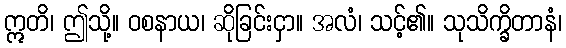
ဣတိ၊ ဤသို့။ ဝစနာယ၊ ဆိုခြင်းငှာ။ အလံ၊ သင့်၏။ သုသိက္ခိတာနံ၊